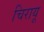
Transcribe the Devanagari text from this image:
चिरायू